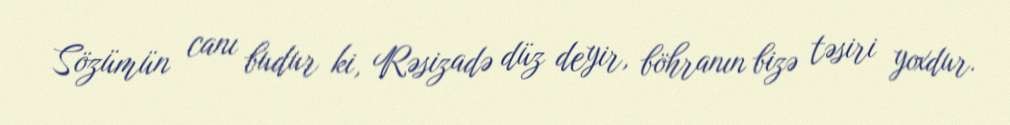
Sözümün canı budur ki, Rəsizadə düz deyir, böhranın bizə təsiri yoxdur.